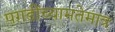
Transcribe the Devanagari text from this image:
पगडींच्यामतेमात्र